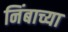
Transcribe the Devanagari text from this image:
निंबाच्या